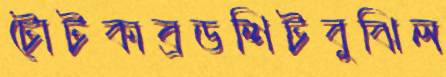
টোটকাব্রডশিটবুঝিল